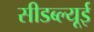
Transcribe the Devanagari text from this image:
सीडब्ल्यूई